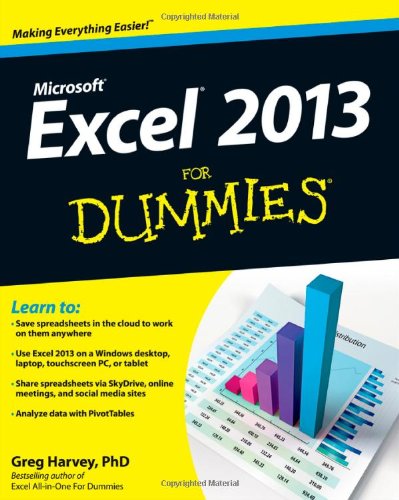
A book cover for Excel 2013 For Dummies; Greg Harvey; Computers & Technology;